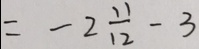
= - 2 \frac { 1 1 } { 1 2 } - 3